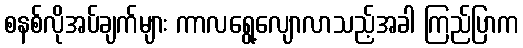
စနစ်လိုအပ်ချက်များ ကာလရွေ့လျောလာသည့်အခါ ကြည်ပြာက